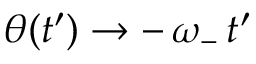
\theta ( t ^ { \prime } ) \rightarrow - \, \omega _ { - } \, t ^ { \prime }